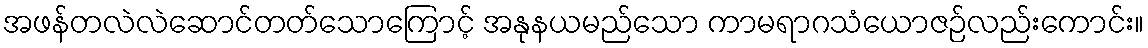
အဖန်တလဲလဲဆောင်တတ်သောကြောင့် အနုနယမည်သော ကာမရာဂသံယောဇဉ်လည်းကောင်း။